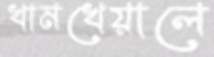
খামখেয়ালে